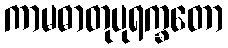
ကာမဓာတုပုရက္ခတော